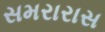
સમરારાસ